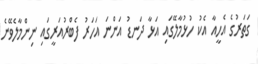
ގަތަރުގެ އެހީއާ އެކު ހުޅުމާލޭގައި އަޅާ ދަނޑު އަންނަ އަހަރު ފެބްރުއަރީގައި ނިންމާލެވޭނެ